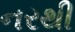
નરથી